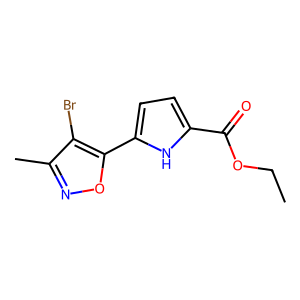
SMILES: CCOC(=O)c1ccc(-c2onc(C)c2Br)[nH]1
Inhibits HIV replication: No